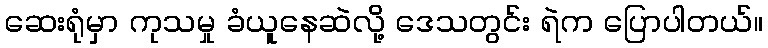
ဆေးရုံမှာ ကုသမှု ခံယူနေဆဲလို့ ဒေသတွင်း ရဲက ပြောပါတယ်။